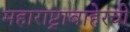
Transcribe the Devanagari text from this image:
महाराष्ट्राबाहेरची